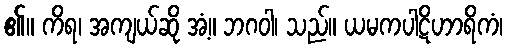
၏။ ကိရ၊ အကျယ်ဆို အံ့။ ဘဂဝါ၊ သည်။ ယမကပါဋိဟာရိကံ၊